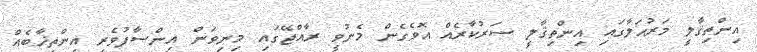
އިންތިޤާލީ މަރުޙަލާގައި އިންތިޤާލީ ސަރުކާރެއް އޮވެގެން މެނުވީ ރާއްޖޭގައި މިނިވަން އިންސާފުވެރި އިންތިޚާބެއް